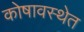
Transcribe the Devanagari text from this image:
कोषावस्थेत